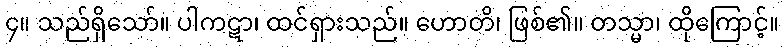
၄။ သည်ရှိသော်။ ပါကဋာ၊ ထင်ရှားသည်။ ဟောတိ၊ ဖြစ်၏။ တသ္မာ၊ ထိုကြောင့်။